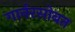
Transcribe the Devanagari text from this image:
गार्नरसोबत